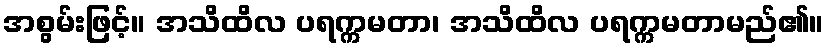
အစွမ်းဖြင့်။ အသိထိလ ပရက္ကမတာ၊ အသိထိလ ပရက္ကမတာမည်၏။